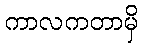
ကာလကတာမှိ